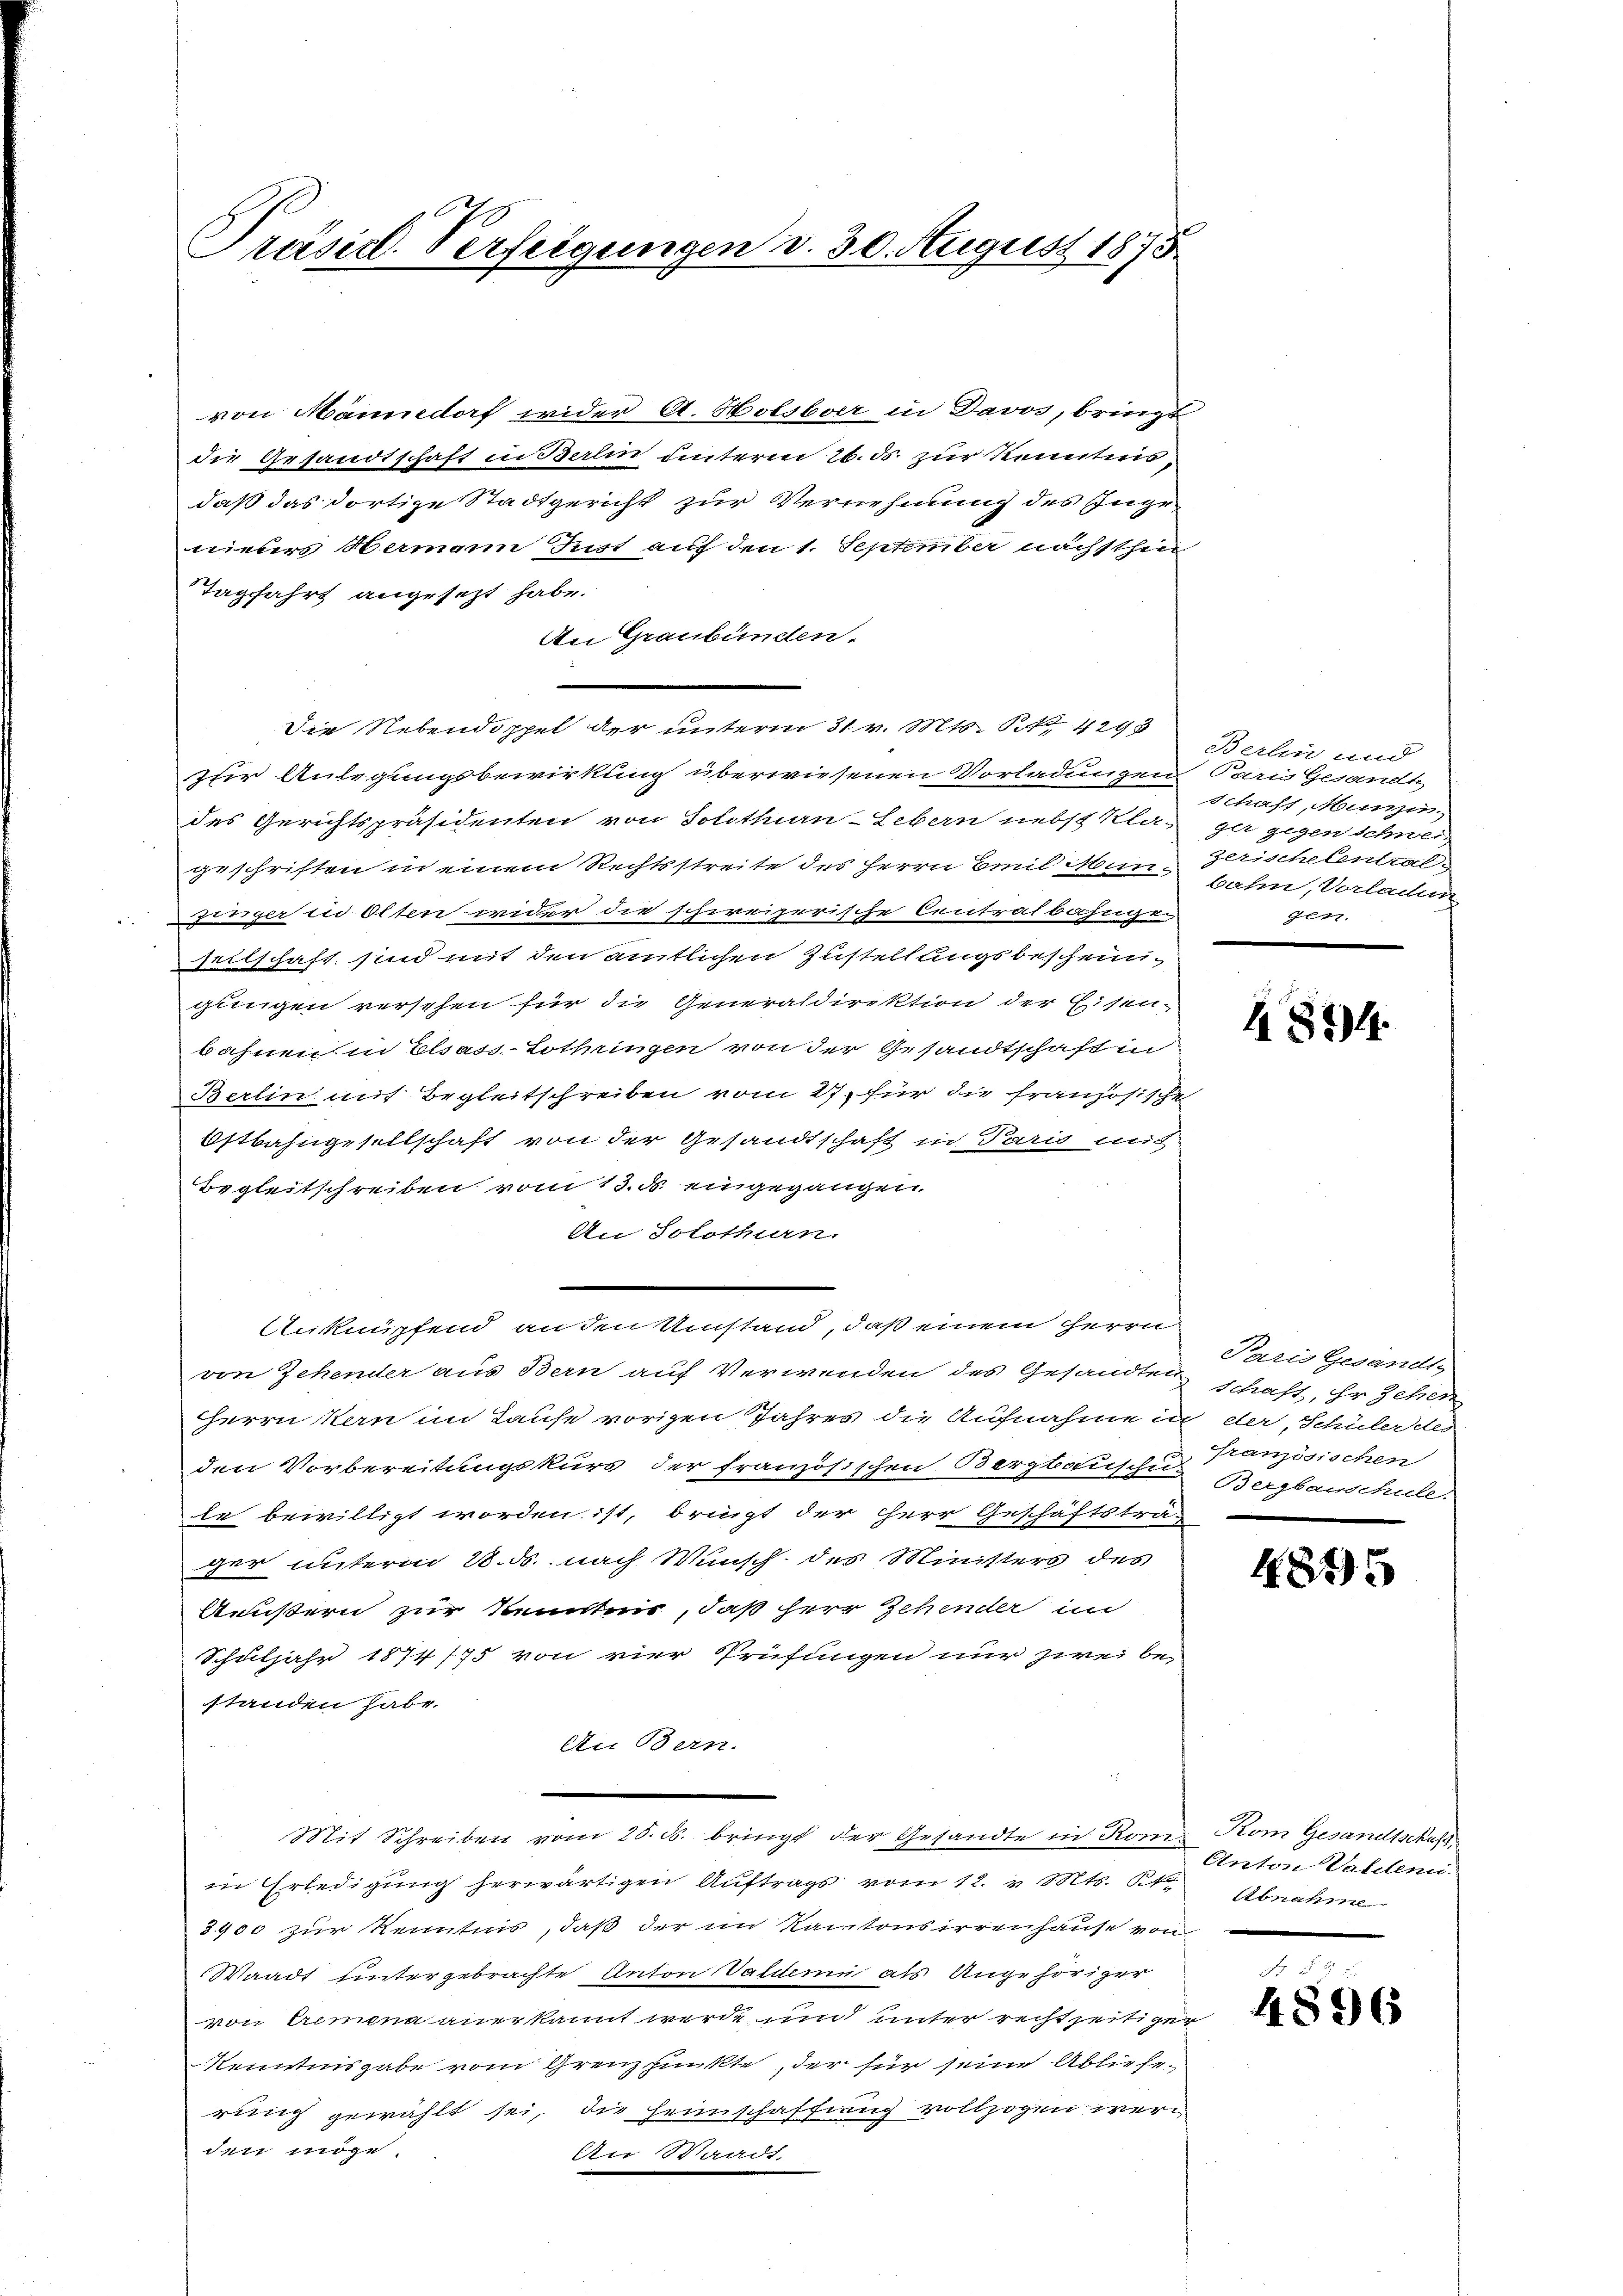
Präsid. Verfeigungen d. 30. August 1875

von Männedorf wider A. Holsboer in Davos, bringt
die Gesandtschaft in Berlin unterm 26. ds. zur Kenntnis,
daß das dortige Stadtgericht zur Vernehmung des Ingenieders Hermann Just auf den 1. September nächsthin
Tagfahrt angesetzt habe.
An Graubünden.
Die Nebendoppel der unterm 31 v. Mts. 1429
zur Anlegungsbewirkung überwiesenen Vorladungen Paris Gesandt,
des Gerichtspräsidenten von Solothurn-Lebern nebst Kla-
geschriften in einem Rechtsstreite des Herrn Emil Man-
Zzünger id Olten wider die schweizerische Centralbahngen
Witschaft, sind mit den amtlichen Zustellungsbescheingungen versehen für die Generaldirektion der Eisen-
bahnen in Elsass. Lothringen von der Gesandtschaft in
Berlin mit Begleitschreiben vom 27. für die französische
Ostbahngesellschaft von der Gesandtschaft in Paris mit
Begleitschreiben vom 13. d. eingegangen,
An Solothurn.
Anknüpfend an den Umstand, daß einem Herrn
von Zehender aus Bern auf Verwenden des Gesandten schaft, Er Zehen
HHerrn Kern im Taufe vorigen Jahres die Aufnahme in der, Schüler des
den Vorbereitungskurs der französischen Bergbauschen Bergbauschule.
le bewilligt worden ist, bringt der Herr Geschäftsträ-
ger unterm 28. ds. nach Wunsch des Ministers des
Äußern zur Kenntnis, daß herr Zehender im
Schuljahr 1874/75 von vier Prüfungen nur zwei Be-
standen habe.
Au Bern.
Mit Schreiben vom 25. ds. bringt der Gesandte in Kons Kom Gesandtschuß,
in Erledigung herwärtigen Auftrags vom 12. v. Mts. 2te Abnahme
3900 zur Kenntnis, daß der im Kantonsirrenhause von ei
Waadt untergebrachte Anton Valuemn als Angehöriger
von Cremena anerkannt werde, und unter recht zeitigen
Kenntnisgabe vom Grenzpunkte, der für seine Ablieferung gewählt sei, die Heimschaffung vollzogen werden möge.
An Waadt.

Berlin und
Schaft, Muni
gut gegen schweid
zetische Central
bahn, Vorladen
Jerz.

4874

Paris Gesandt
französischen

4895

Anton Valden.

5 x
4896